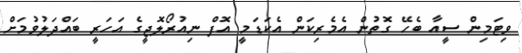
ވިޓަމިން ސީއާ ބެހޭ ގޮތުން އެމެރިކަން އެކަޑަމީ އޮފް ނިއުރޯލޮޖީގެ އަހަރީ ބައްދަލުވުމަށް